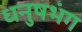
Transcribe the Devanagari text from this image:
धनुषभंग